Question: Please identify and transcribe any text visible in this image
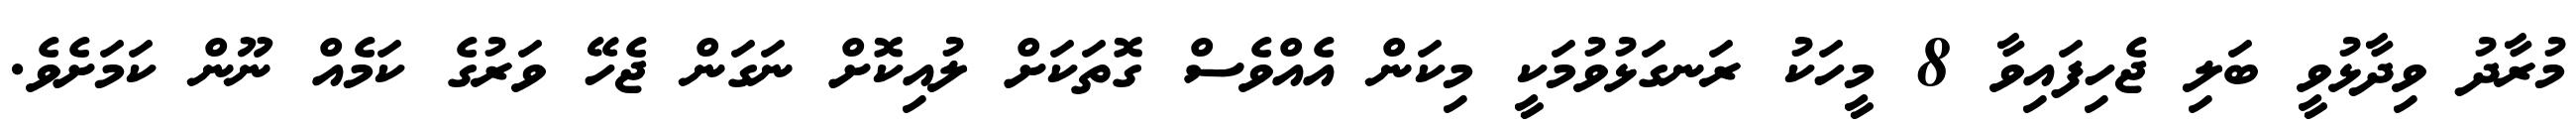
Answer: މުރާދު ވިދާޅުވީ ބަލި ޖެހިފައިވާ 8 މީހަކު ރަނގަޅުވުމަކީ މިކަން އެއްވެސް ގޮތަކަށް ލުއިކޮށް ނަގަން ޖެހޭ ވަރުގެ ކަމެއް ނޫން ކަމަށެވެ.